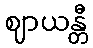
ဈာယန္တီ